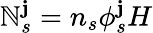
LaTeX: \mathbb{N}_{s}^{\mathbf{j}}=n_{s}\phi_{s}^{\mathbf{j}}H